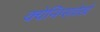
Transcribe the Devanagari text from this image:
क्येनिग्सवेर्ख